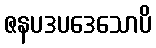
ဇနပဒပဒေသောပိ